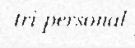
tri-personal